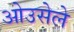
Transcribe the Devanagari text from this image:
ओउसेले